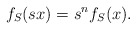
\begin{align*}f_S(sx) = s^n f_S(x).\end{align*}